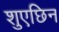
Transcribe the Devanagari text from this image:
शुएछिन